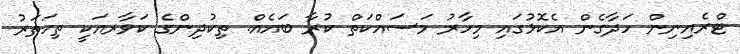
ޓްރެއިނިން ހަދާގެން އެކޮޅުގައި މިހާރު މަސައްކަތް ކުރާ ބައެއް. ތިކުދިންގެ ކަވާރއަކީ ތިހަތަރު